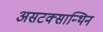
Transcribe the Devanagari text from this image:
असटक्सान्थिन